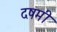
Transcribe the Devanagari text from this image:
दषमी